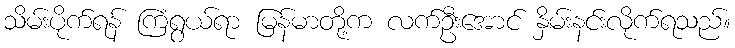
သိမ်းပိုက်ရန် ကြံရွယ်ရာ မြန်မာတို့က လက်ဦးအောင် နှိမ်းနင်းလိုက်ရသည်။